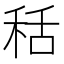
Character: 秳